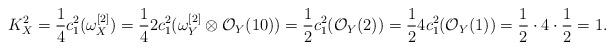
LaTeX: \begin{align*}K_X^2=\frac{1}{4}c^2_1(\omega_X^{[2]})=\frac{1}{4}2c_1^2(\omega_Y^{[2]}\otimes \mathcal{O}_Y(10))=\frac{1}{2}c_1^2(\mathcal{O}_Y(2))=\frac{1}{2}4c_1^2(\mathcal{O}_Y(1))=\frac{1}{2}\cdot 4 \cdot \frac{1}{2}=1.\end{align*}